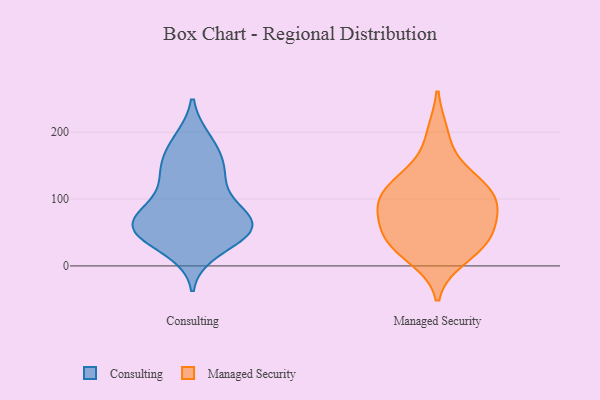
{"axis": {"x": "Headcount", "y": "Value"}, "legend": ["Consulting", "Managed Security"], "data": [{"x": "", "y": 187, "type": "Consulting"}, {"x": "", "y": 119, "type": "Consulting"}, {"x": "", "y": 78, "type": "Consulting"}, {"x": "", "y": 53, "type": "Consulting"}, {"x": "", "y": 39, "type": "Consulting"}, {"x": "", "y": 62, "type": "Consulting"}, {"x": "", "y": 90, "type": "Consulting"}, {"x": "", "y": 61, "type": "Consulting"}, {"x": "", "y": 143, "type": "Consulting"}, {"x": "", "y": 75, "type": "Consulting"}, {"x": "", "y": 153, "type": "Consulting"}, {"x": "", "y": 45, "type": "Consulting"}, {"x": "", "y": 23, "type": "Consulting"}, {"x": "", "y": 69, "type": "Consulting"}, {"x": "", "y": 188, "type": "Consulting"}, {"x": "", "y": 55, "type": "Consulting"}, {"x": "", "y": 129, "type": "Consulting"}, {"x": "", "y": 157, "type": "Consulting"}, {"x": "", "y": 53, "type": "Consulting"}, {"x": "", "y": 84, "type": "Managed Security"}, {"x": "", "y": 84, "type": "Managed Security"}, {"x": "", "y": 44, "type": "Managed Security"}, {"x": "", "y": 37, "type": "Managed Security"}, {"x": "", "y": 95, "type": "Managed Security"}, {"x": "", "y": 13, "type": "Managed Security"}, {"x": "", "y": 31, "type": "Managed Security"}, {"x": "", "y": 127, "type": "Managed Security"}, {"x": "", "y": 196, "type": "Managed Security"}, {"x": "", "y": 95, "type": "Managed Security"}, {"x": "", "y": 116, "type": "Managed Security"}, {"x": "", "y": 48, "type": "Managed Security"}, {"x": "", "y": 134, "type": "Managed Security"}]}